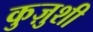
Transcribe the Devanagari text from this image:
कुज़ुशी